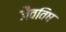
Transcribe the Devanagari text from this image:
जैवविष